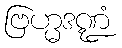
ဗြဟ္မဒဏ္ဍံ